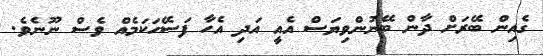
ގެއިން ބޭރަށް ދާން ބޭނުންވިޔަސް އެއީ އަދި އެހާ ފަސޭހަކަމެއް ވެސް ނޫނެވެ.